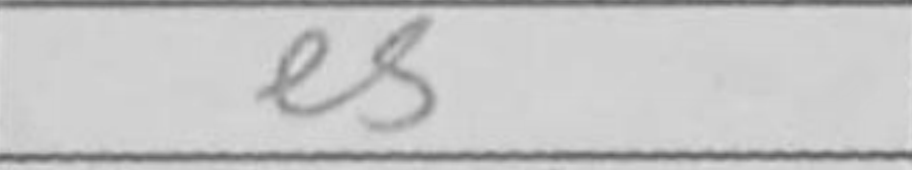
Transcription: e5